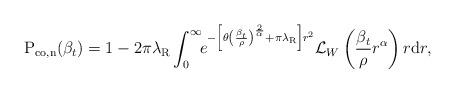
LaTeX: \begin{align*} \textrm{P}_{\textrm{co},\textrm{n}} (\beta_t) = 1- 2 \pi \lambda_\textrm{R} \int_{0}^{\infty} \!\! e^ {- \left[ \theta \left(\frac{\beta_t}{\rho}\right)^{\frac{2}{\alpha}} +\pi \lambda_\textrm{R} \right] r^2} \mathcal{L}_{W} \left( \frac{\beta_t}{\rho} r^\alpha \right) r \mathrm{d}{r},\end{align*}